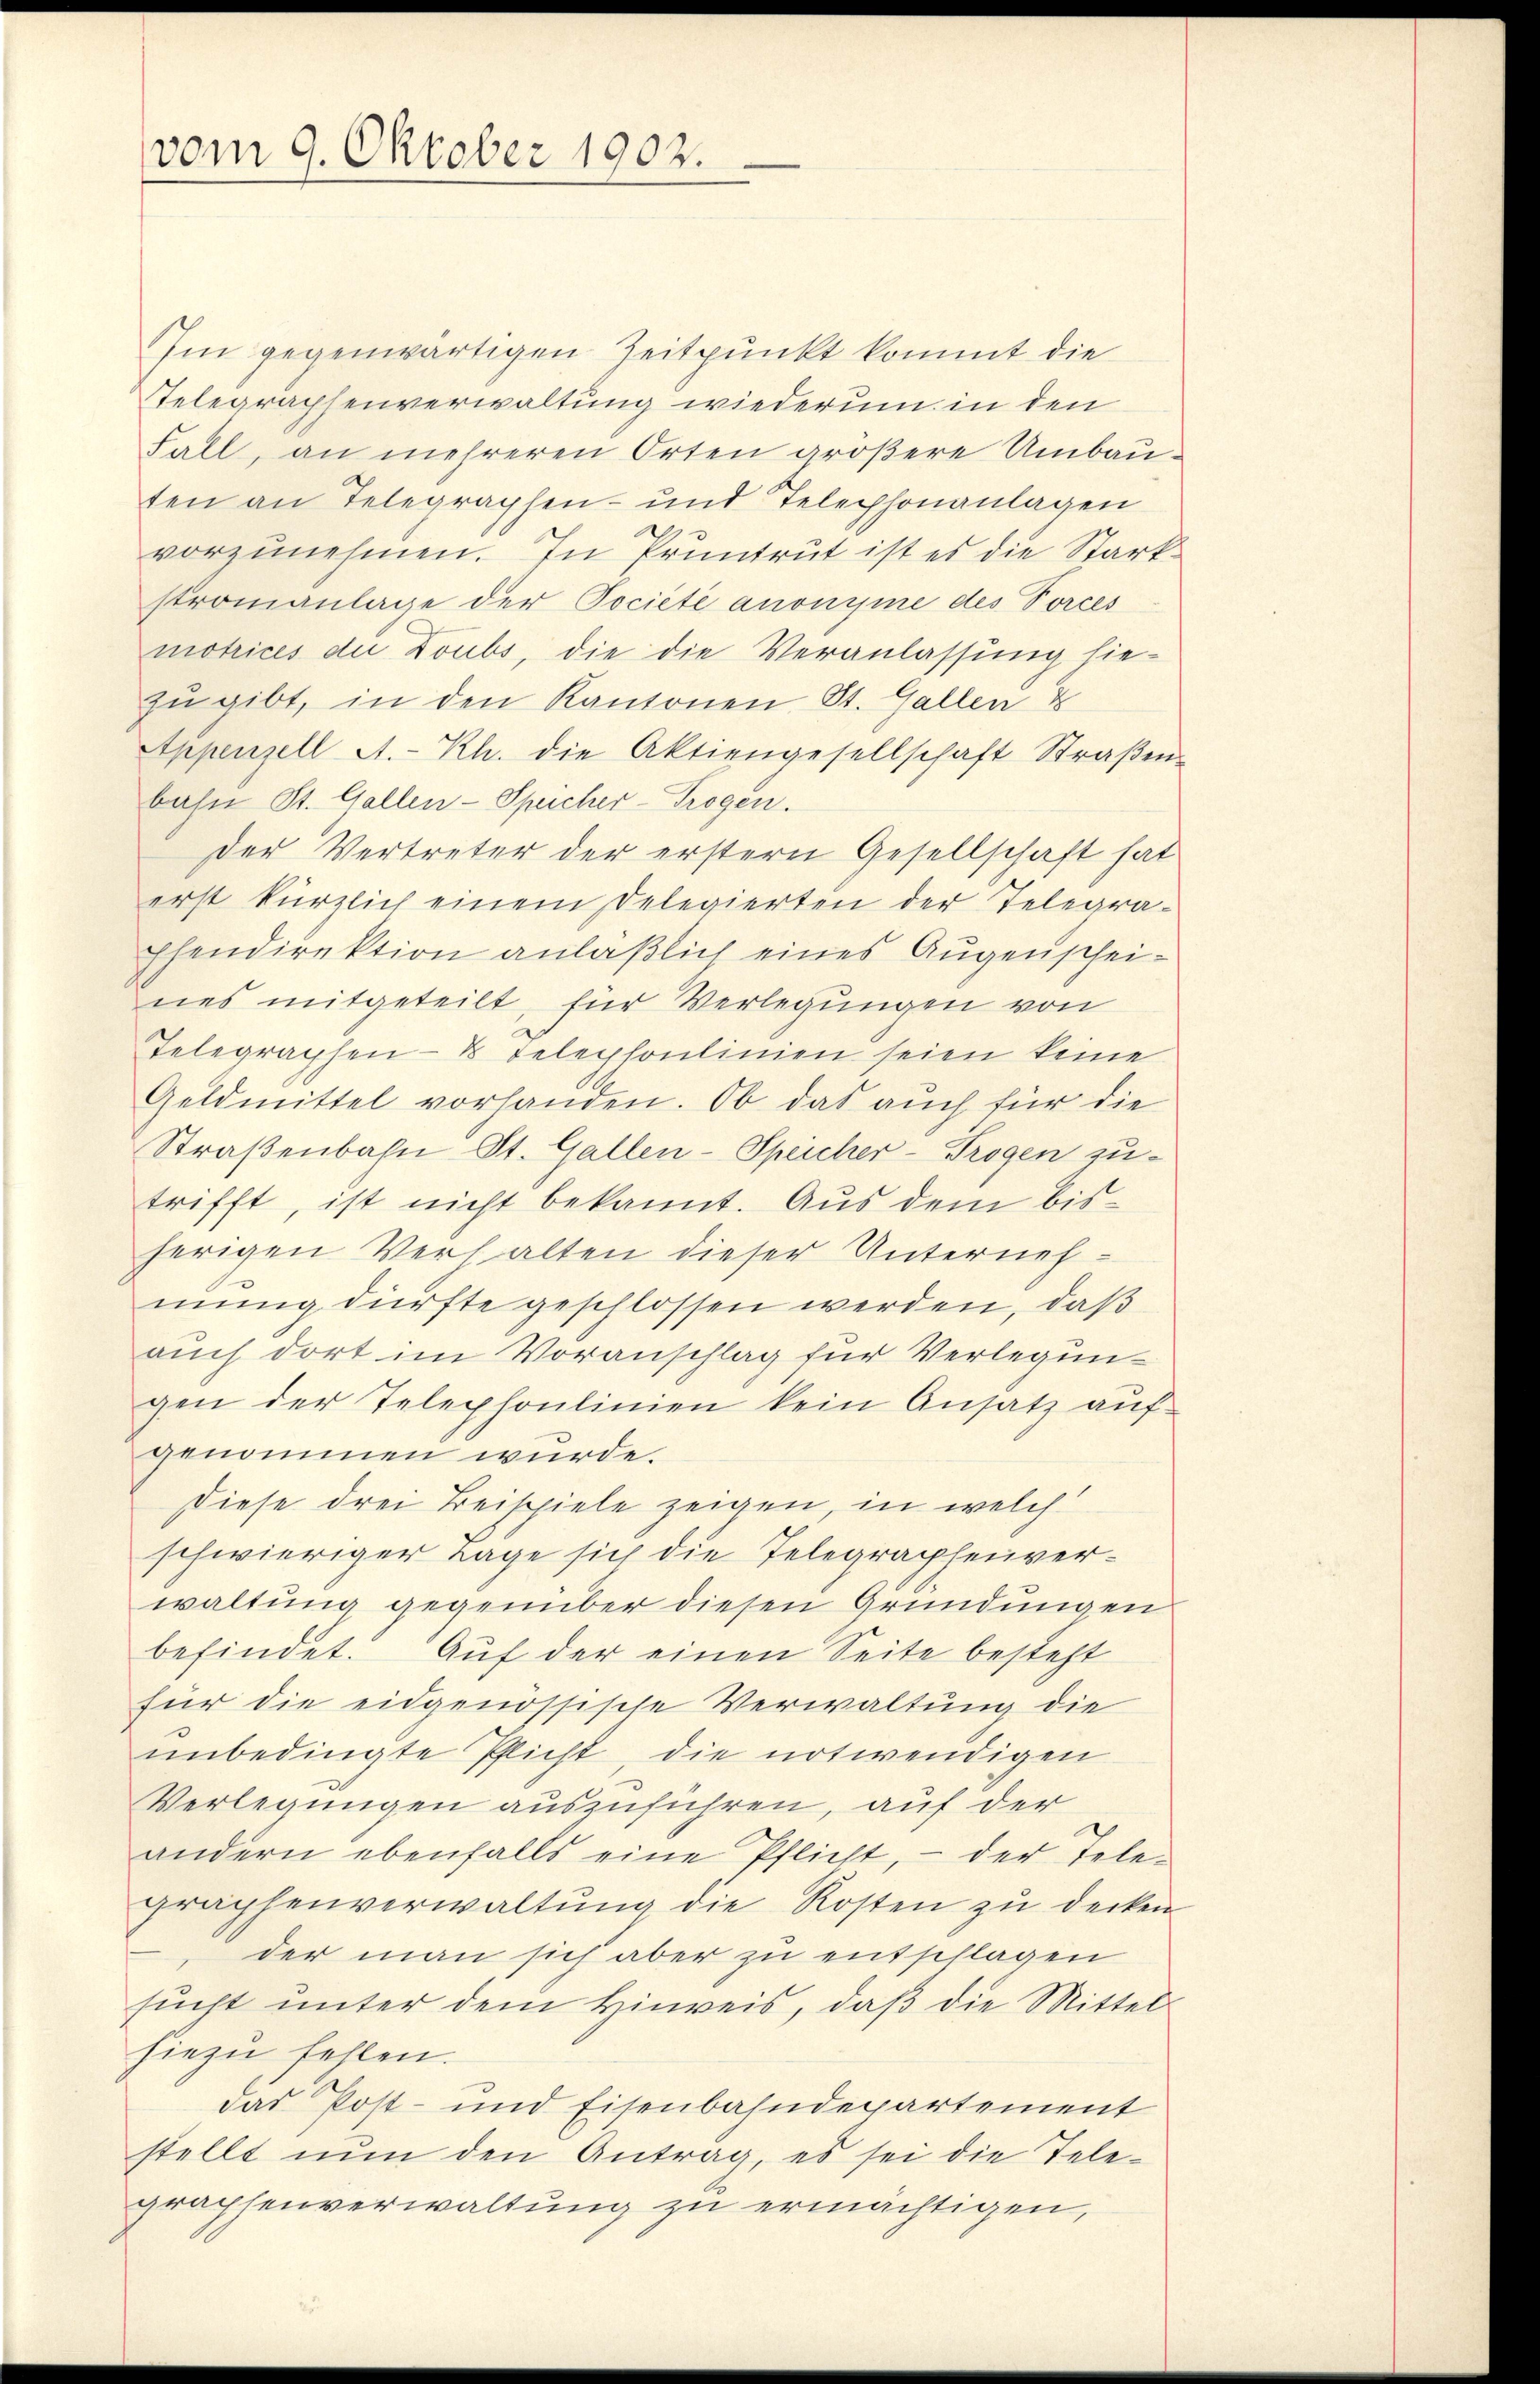
vom 9. Oktober 1902.

Im gegenwärtigen Zeitpunkt kommt die
Telegraphenverwaltung wiederum in den
Fall, an mehreren Orten größere Umbauten an Telegraphen- und Telephonanlagen
vorzunehmen. In Pruntrut ist es die Starkstromanlage der Pociété anonyme des Porces
motrices die Doubs, die die Veranlassung hiezu gibt, in den Kantonen St. Gallen &
Appenzell A.-Rh. die Aktiengesellschaft Straβen-
bahn St. Gallen-Speicher-Trogen.
Der Vertreter der erstern Gesellschaft hat
erst kürzlich einem Delegierten der Telegraphendirektion anläßlich eines Augenscheines mitgeteilt, für Verlegungen von
Telegraphen- & Telephonlinien seien keine
Geldmittel vorhanden. Ob das auch für die
Straßenbahn St. Gallen-Speicher-Trogen zutrifft, ist nicht bekannt. Aus dem bisherigen Verhalten dieser Unternehmung dürfte geschlossen werden, daß
auch dort im Voranschlag für Verlegungen der Telephonlinien kein Ansatz auf
genommen wurde.
Diese drei Beispiele zeigen, in welch
schwieriger Lage sich die Telegraphenverwaltung gegenüber diesen Gründungen
befindet. Auf der einen Seite besteht
für die eidgenössische Verwaltung die
unbedingte Pflicht, die notwendigen
Verlegungen auszuführen, auf der
andern ebenfalls eine Pflicht, - der Tele-
graphenverwaltŭng die Kosten zu decken
der man sich aber zu entschlagen
sucht unter dem Hinweis, daß die Mittel
hiezu fehlen.
das Post- und Eisenbahndepartement
stellt nun den Antrag, es sei die Tele-
graphenverwaltung zu ermächtigen,